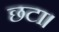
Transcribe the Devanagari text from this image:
छटा।